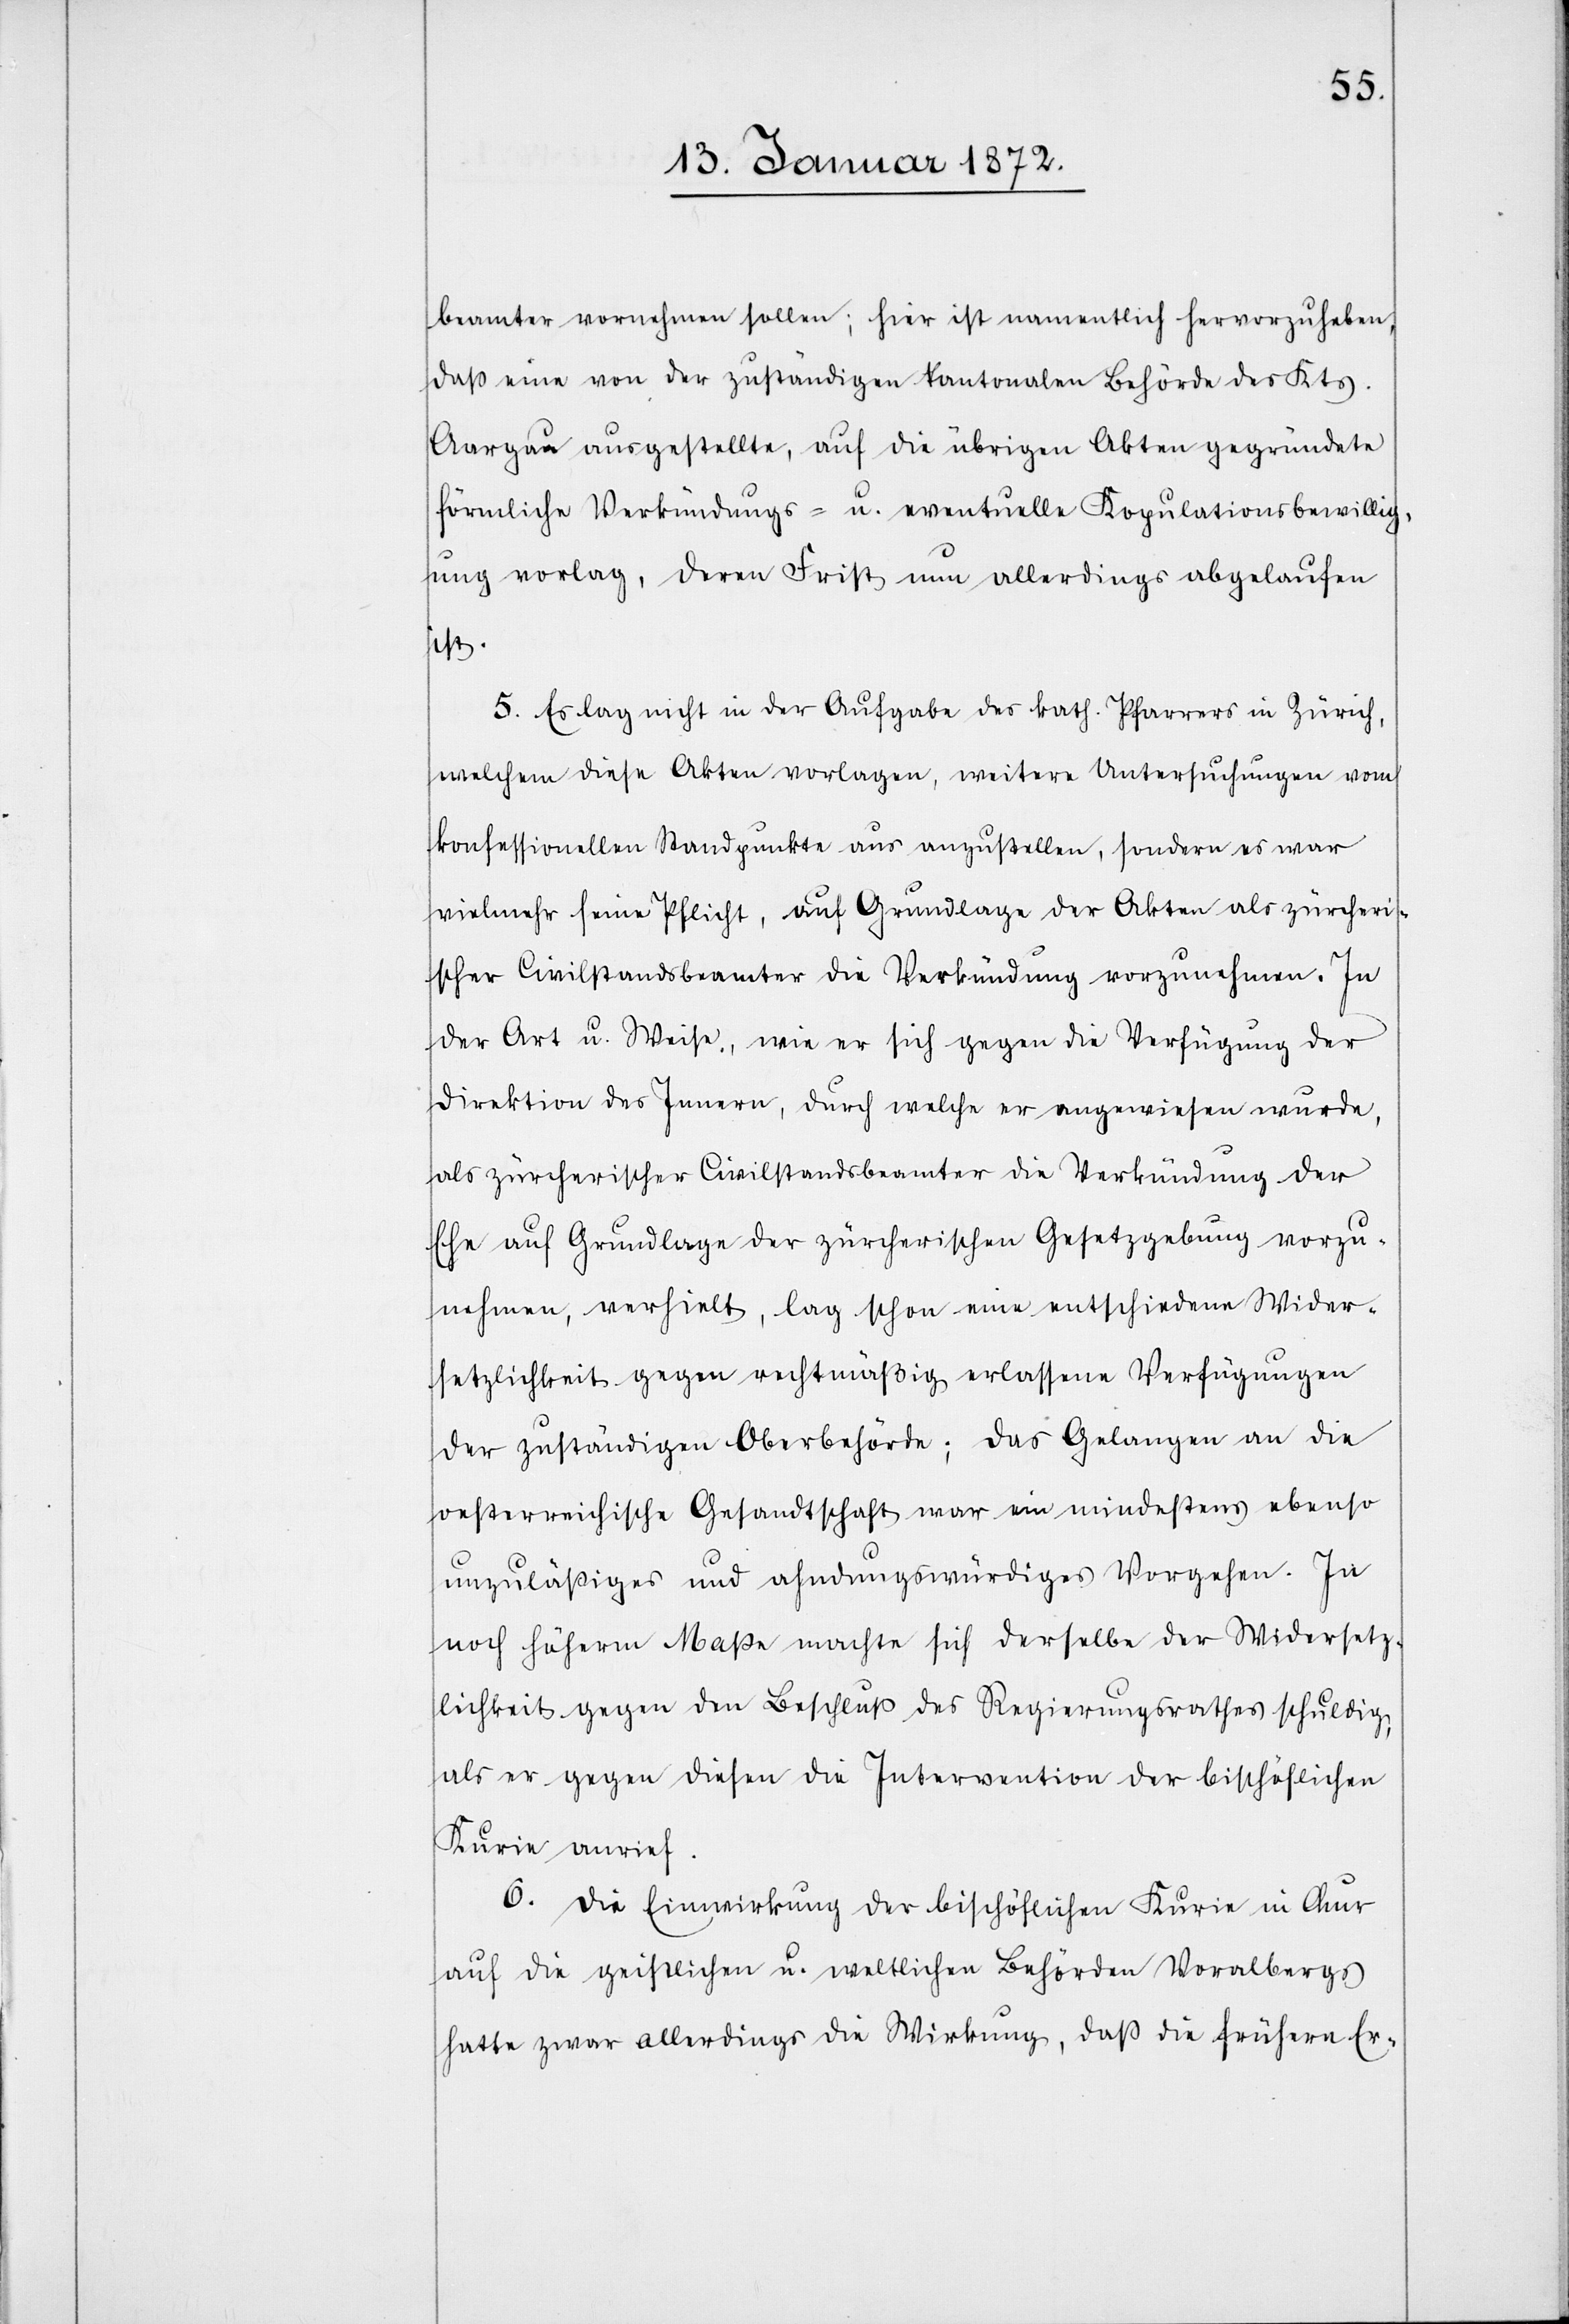
beamter vornehmen sollen; hier ist namentlich hervorzuheben,
daß eine von der zuständigen kantonalen Behörde des Kts.
Aargau ausgestellte, auf die übrigen Akten gegründete
förmliche Verkündungs- u. eventuelle Kopulationsbewillig¬
ung vorlag, deren Frist nun allerdings abgelaufen
ist.
5. Es lag nicht in der Aufgabe des kath. Pfarrers in Zürich,
welchem diese Akten vorlagen, weitere Untersuchungen vom
konfessionellen Standpunkte aus anzustellen, sondern es war
vielmehr seine Pflicht, auf Grundlage der Akten als zürcheri¬
scher Civilstandsbeamter die Verkündung vorzunehmen. In
der Art u. Weise, wie er sich gegen die Verfügung der
Direktion des Innern, durch welche er angewiesen wurde,
als zürcherischer Civilstandsbeamter die Verkündung der
Ehe auf Grundlage der zürcherischen Gesetzgebung vorzu¬
nehmen, verhielt, lag schon eine entschiedene Wider¬
setzlichkeit gegen rechtmäßig erlassene Verfügungen
der zuständigen Oberbehörde; das Gelangen an die
oesterreichische Gesandtschaft war ein mindestens ebenso
unzuläßiges und ahndungswürdiges Vorgehen. In
noch höherm Maße machte sich derselbe der Widersetz¬
lichkeit gegen den Beschluß des Regierungsrathes schuldig,
als er gegen diesen die Intervention der bischöflichen
Kurie anrief.
6. Die Einwirkung der bischöflichen Kurie in Chur
auf die geistlichen u. weltlichen Behörden Voralbergs
hatte zwar allerdings die Wirkung, daß die frühern Er-